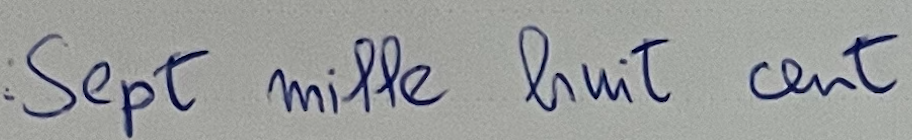
Sept mille huit cent